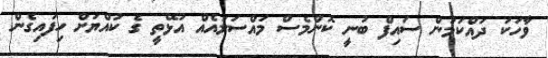
ވާހަކަ ދައްކަމުން ސައިފް ބުނީ ކޮންމެސް މައްސަލައެއް އުޅޭތީ ގެ ކުއްޔަށް ހިފައިގެން